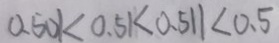
0 . 5 0 1 < 0 . 5 1 < 0 . 5 1 1 < 0 . 5